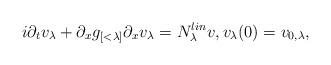
LaTeX: \begin{align*}i \partial_t v_\lambda + \partial_x g_{[<\lambda]} \partial_x v_\lambda = N^{lin}_\lambda v, v_\lambda(0) = v_{0,\lambda},\end{align*}